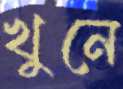
খুনে